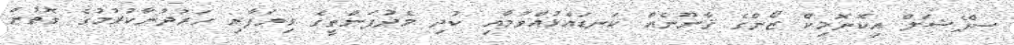
ސްޕެޝަލް އިކޮނޮމިކް ޒޯންގެ ޤާނޫނެއް ކަނޑައެޅުއްވުމާއި ކުދި މެދުފަންތީގެ ވިޔަފާރި ހަރުދާނާކުރުމުގެ ގޮތުން